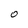
Character: O